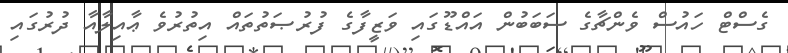
ގެސްޓް ހައުސް ވެންޗާގެ ސަބަބުން އައްޑޫގައި ވަޒީފާގެ ފުރުޞަތުތައް އިތުރުވެ ޢާއިލާއާ ދުރުގައި